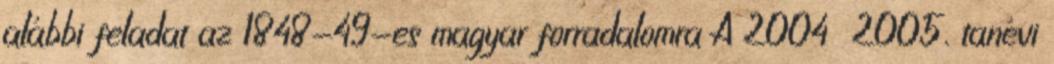
alábbi feladat az 1848-49-es magyar forradalomra A 2004 2005. tanévi